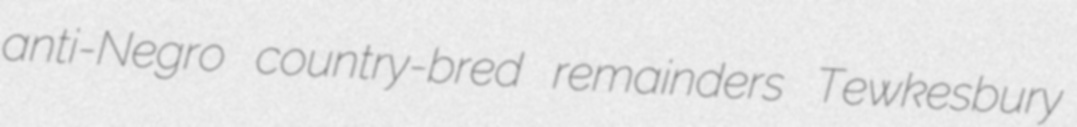
anti-Negro country-bred remainders Tewkesbury